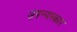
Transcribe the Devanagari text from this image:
उपन्यस्कार